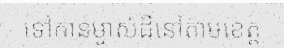
ទៅកាន់ម្ចាស់ដីនៅតាមខេត្ត